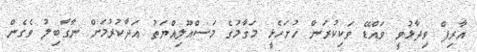
އާރިފް ވިދާޅުވީ ވައްޑޭ ވަކިކުރަން ހުށަހެޅީ މަގާމުގެ މަސްއޫލިއްޔަތު އަދާކުރުމަށް ނާގާބިލު ވެގެން